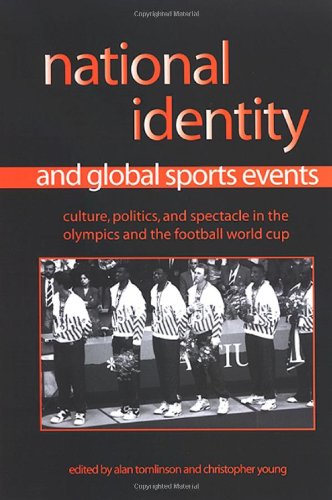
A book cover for National Identity and Global Sports Events: Culture, Politics, and Spectacle in the Olympics and the Football World Cup (Suny Series on Sport, Culture, and Social Relations); Sports & Outdoors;